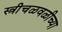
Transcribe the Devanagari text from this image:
स्त्रीचळवळीच्या